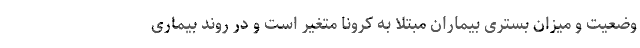
وضعیت و میزان بستری بیماران مبتلا به کرونا متغیر است و در روند بیماری